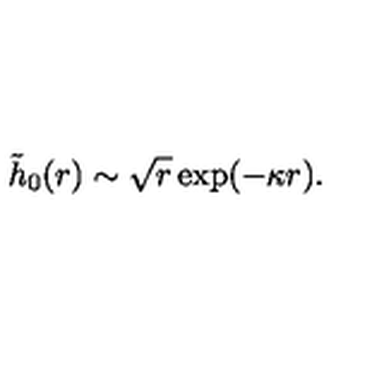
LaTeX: \tilde { h } _ { 0 } ( r ) \sim \sqrt { r } \exp ( - \kappa r ) .